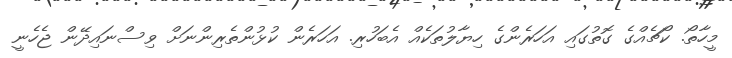
މީހާތޯ. ކޯޗެއްގެ ގޮތުގައި އަހަރެންގެ ހިޔާލުތަކެއް އެބަހުރި. އަހަރެން ކުޅުންތެރިންނަށް ވިސްނައިދޭން ޖެހެނީ